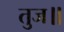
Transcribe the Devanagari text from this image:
तुज॥